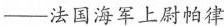
—法国海军上尉帕律